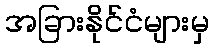
အခြားနိုင်ငံများမှ